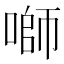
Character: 𱓻